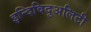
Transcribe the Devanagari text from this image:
इन्दिविदुअलिटी